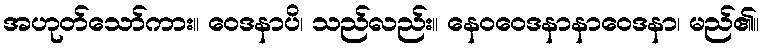
အဟုတ်သော်ကား။ ဝေဒနာပိ၊ သည်လည်း။ နေဝဝေဒနာနာဝေဒနာ၊ မည်၏။